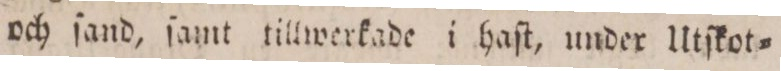
och ſand, ſamt tillwerkade i haſt, under Utſkot=